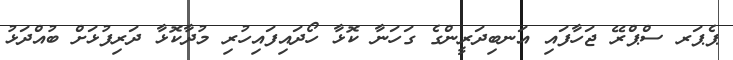
ޕެޕަރ ސްޕްރޭ ޖަހާފައި އަނބިދަރީންގެ ގަހަނާ ކޮޅާ ހޯދައިފައިހުރި މުދާކޮޅާ ދަރިފުޅަށް ބުއްދަޅު